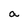
Character: a